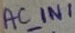
Text: AC_IN1